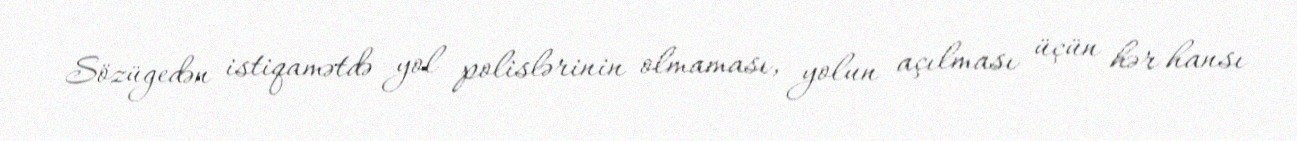
Sözügedən istiqamətdə yol polislərinin olmaması, yolun açılması üçün hər hansı